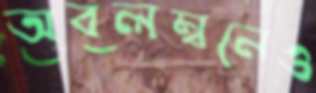
অবলম্বনেও